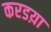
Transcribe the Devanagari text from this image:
करडय़ा